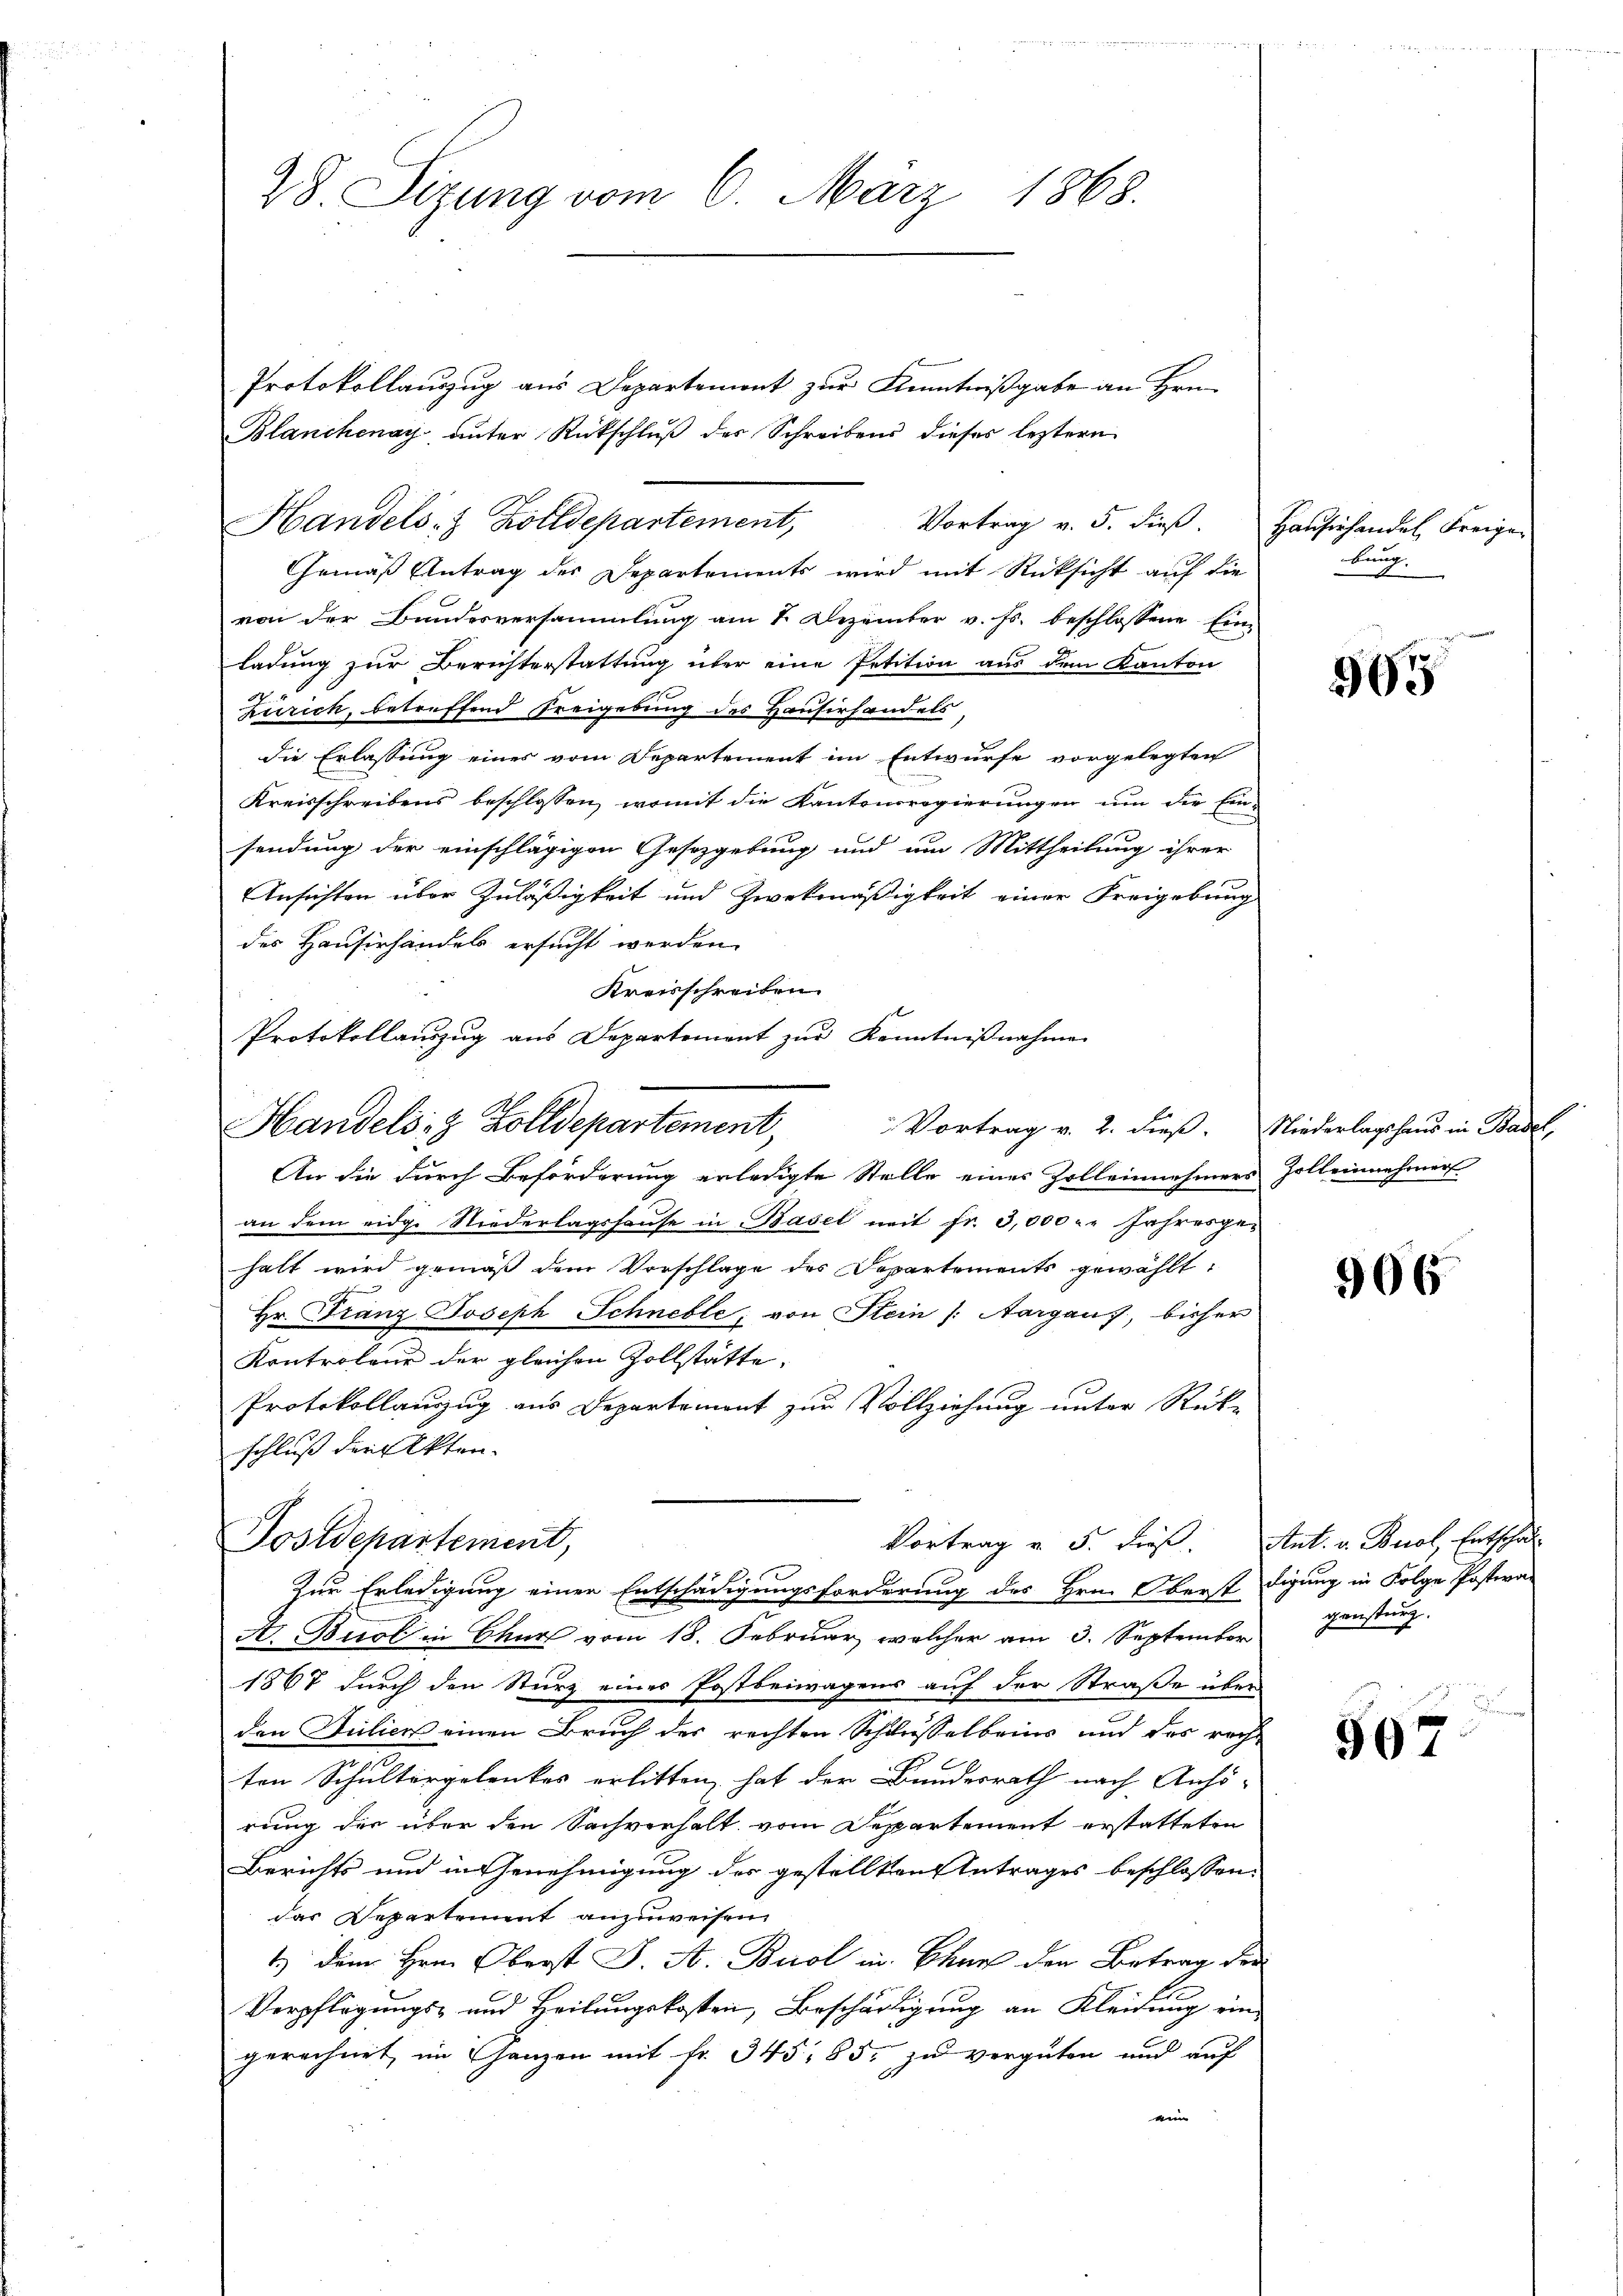
28. Sizung vom 6. März 1868.

Protokollauszug aus Departemont zur Kenntnißgabe an Hrn.
Blanchenay unter Rückschlŭβ der Schreibens dieses leztern
Handels- & Zolldepartement,
Vortrag v. 5. dieß. Hausinhandel Freizer
Gemäß Antrag des Departements wird mit Rücksicht auf die
von der Bundesversammlung am 1. Dezember v. Js. beschlossene Ein-
ladung zur Berichterstattung über eine Petition aus dem Kanton
zurich, betreffend Freigebung des Hauserhandels,
die Erlassung eines vom Departement im Entwurfe vorgelegten
Kreisschreibens beschlossen, womit die Kantonsregierungen um der Ein-
sendung der einschlägigen Gesetzgebung und um Mittheilung ihrer
Ansichten über Zuläßigkeit und Zweckmäßigkeit einer Freigebung
des Hausirhandels ersucht werden.
Kreisschreiben.
Protokollanzzug aus Departement zur Kenntnißnahme
Vortrag v. 2. dieß. Niederlagshaus in Basel,
An die durch Beförderung erledigte Stelle eines Zolleinehmers Zolleinehmer
an dem eidge Niederlagshause in Basel mit Fr. 3,000 l. Jahresgehalt wird gemäß dem Vorschlage des Departements gewählt:
Hr. Franz Joseph Schneble; von Stein Aargauf, bisher
Kontroleur der gleichen Zollstätte,
Protokollauszug aus Departement zur Vollziehung unter Rück-
schluß der Akten¬
Postdepartement,
Vortrag v. 5. dieß.
Zur Erledigung einer Entschädigungsforderung des Hrn. Oberst digung in Folge Postwar
A. Buol in Churs vom 18. Februar, welcher am 3. September
1867 durch den Sturz eines Postbeiwagens auf der Straße über
den Siliens einen Bruch der rechten Schlusselbring und des reche
ten Schultergelenkes erlitten, hat der Bundesrath nach Anhörung der über den Sachverhalt vom Departement erstatteten
Berichts und in Genehmigung des gestellten Antrages beschlossen:
das Repartement anzuweisen.
1.) Dem Hrn. Oberst J. A. Buol in Chur den Betrag der
Verpflegungs- und Heilungskosten, Beschädigung an Kleidung ein
gerechnet, im Ganzen mit fr. 345. 85. zu vergüten und auf
ein

Handels- & Zolldepartement,

bung.

965

906

Ant. v. Buol, Entscha
gensturz.

507